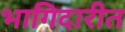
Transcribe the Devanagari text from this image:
भागिदारीत